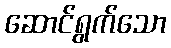
ဆောင်ရွက်သော